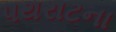
પથરાટના